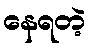
နေရတဲ့